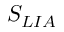
S _ { L I A }